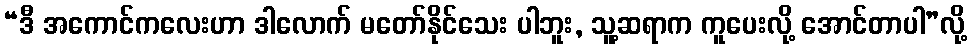
“ဒီ အကောင်ကလေးဟာ ဒါလောက် မတော်နိုင်သေး ပါဘူး, သူ့ဆရာက ကူပေးလို့ အောင်တာပါ”လို့